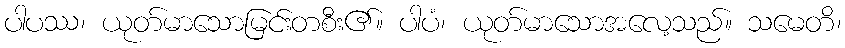
ပါပဿ၊ ယုတ်မာသောမြင်းတစီး၏။ ပါပံ၊ ယုတ်မာသောအလေ့သည်။ သမေတိ၊